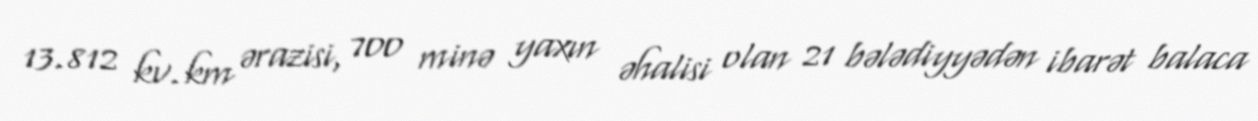
13.812 kv.km ərazisi, 700 minə yaxın əhalisi olan 21 bələdiyyədən ibarət balaca